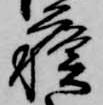
蘓